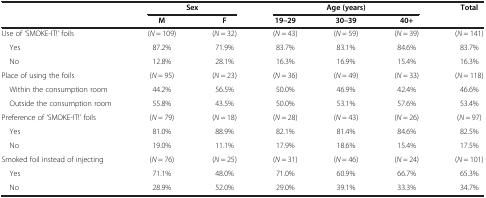
<table><thead><tr><td><b> </b></td><td colspan="2"><b>Sex</b></td><td colspan="3"><b>Age (years)</b></td><td rowspan="2"><b>Total</b></td></tr><tr><td><b> </b></td><td><b>M</b></td><td><b>F</b></td><td><b>19–29</b></td><td><b>30–39</b></td><td><b>40+</b></td></tr></thead><tbody><tr><td>Use of ‘SMOKE-IT!’ foils</td><td>(<i>N</i> = 109)</td><td>(<i>N</i> = 32)</td><td>(<i>N</i> = 43)</td><td>(<i>N</i> = 59)</td><td>(<i>N</i> = 39)</td><td>(<i>N</i> = 141)</td></tr><tr><td> Yes</td><td>87.2%</td><td>71.9%</td><td>83.7%</td><td>83.1%</td><td>84.6%</td><td>83.7%</td></tr><tr><td> No</td><td>12.8%</td><td>28.1%</td><td>16.3%</td><td>16.9%</td><td>15.4%</td><td>16.3%</td></tr><tr><td>Place of using the foils</td><td>(<i>N</i> = 95)</td><td>(<i>N</i> = 23)</td><td>(<i>N</i> = 36)</td><td>(<i>N</i> = 49)</td><td>(<i>N</i> = 33)</td><td>(<i>N</i> = 118)</td></tr><tr><td> Within the consumption room</td><td>44.2%</td><td>56.5%</td><td>50.0%</td><td>46.9%</td><td>42.4%</td><td>46.6%</td></tr><tr><td> Outside the consumption room</td><td>55.8%</td><td>43.5%</td><td>50.0%</td><td>53.1%</td><td>57.6%</td><td>53.4%</td></tr><tr><td>Preference of ‘SMOKE-IT!’ foils</td><td>(<i>N</i> = 79)</td><td>(<i>N</i> = 18)</td><td>(<i>N</i> = 28)</td><td>(<i>N</i> = 43)</td><td>(<i>N</i> = 26)</td><td>(<i>N</i> = 97)</td></tr><tr><td> Yes</td><td>81.0%</td><td>88.9%</td><td>82.1%</td><td>81.4%</td><td>84.6%</td><td>82.5%</td></tr><tr><td> No</td><td>19.0%</td><td>11.1%</td><td>17.9%</td><td>18.6%</td><td>15.4%</td><td>17.5%</td></tr><tr><td>Smoked foil instead of injecting</td><td>(<i>N</i> = 76)</td><td>(<i>N</i> = 25)</td><td>(<i>N</i> = 31)</td><td>(<i>N</i> = 46)</td><td>(<i>N</i> = 24)</td><td>(<i>N</i> = 101)</td></tr><tr><td> Yes</td><td>71.1%</td><td>48.0%</td><td>71.0%</td><td>60.9%</td><td>66.7%</td><td>65.3%</td></tr><tr><td> No</td><td>28.9%</td><td>52.0%</td><td>29.0%</td><td>39.1%</td><td>33.3%</td><td>34.7%</td></tr></tbody></table>